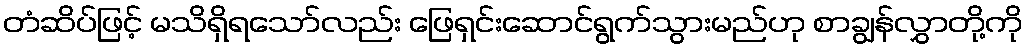
တံဆိပ်ဖြင့် မသိရှိရသော်လည်း ဖြေရှင်းဆောင်ရွက်သွားမည်ဟု စာချွန်လွှာတို့ကို